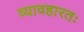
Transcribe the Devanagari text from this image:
व्यावहारतः